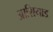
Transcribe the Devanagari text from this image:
आशियाड